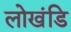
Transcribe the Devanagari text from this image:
लोखंडि